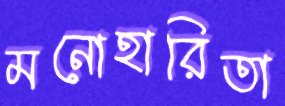
মনোহারিতা